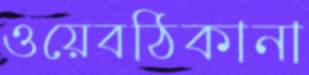
ওয়েবঠিকানা